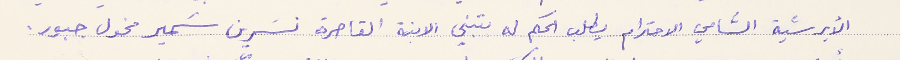
الأبرشية السَّامي الاحترام يطلب الحكم له بتبني الابنة القاصرة نسَرين سَمير مخول جبور